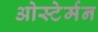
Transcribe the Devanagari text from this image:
ओस्टेर्मन